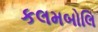
કલમબોલિ